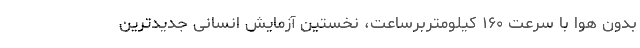
بدون هوا با سرعت ۱۶۰ کیلومتربرساعت، نخستین آزمایش انسانی جدید‌ترین